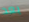
بعد